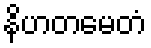
နိဟတမေတံ